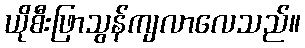
ယိုစီးဖြာသွန်ကျလာလေသည်။